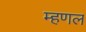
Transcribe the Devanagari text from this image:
म्‍हणल